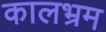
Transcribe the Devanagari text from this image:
कालभ्रम